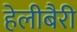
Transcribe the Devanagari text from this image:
हेलीबैरी